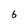
Character: 6